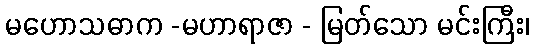
မဟောသဓာက -မဟာရာဇာ - မြတ်သော မင်းကြီး၊